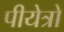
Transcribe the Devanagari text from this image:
पीयेत्रो